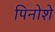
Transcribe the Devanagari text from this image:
पिनोशे